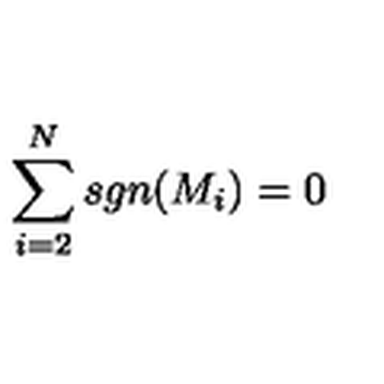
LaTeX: \sum _ { i = 2 } ^ { N } s g n ( M _ { i } ) = 0